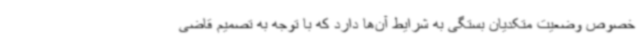
خصوص وضعیت متکدیان بستگی به شرایط آن‌ها دارد که با توجه به تصمیم قاضی